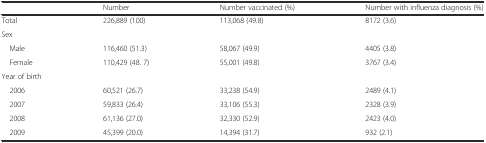
<table><thead><tr><td></td><td><b>Number</b></td><td><b>Number vaccinated (%)</b></td><td><b>Number with influenza diagnosis (%)</b></td></tr></thead><tbody><tr><td>Total</td><td>226,889 (100)</td><td>113,068 (49.8)</td><td>8172 (3.6)</td></tr><tr><td>Sex</td><td></td><td></td><td></td></tr><tr><td> Male</td><td>116,460 (51.3)</td><td>58,067 (49.9)</td><td>4405 (3.8)</td></tr><tr><td> Female</td><td>110,429 (48. 7)</td><td>55,001 (49.8)</td><td>3767 (3.4)</td></tr><tr><td colspan="2">Year of birth</td><td></td><td></td></tr><tr><td> 2006</td><td>60,521 (26.7)</td><td>33,238 (54.9)</td><td>2489 (4.1)</td></tr><tr><td> 2007</td><td>59,833 (26.4)</td><td>33,106 (55.3)</td><td>2328 (3.9)</td></tr><tr><td> 2008</td><td>61,136 (27.0)</td><td>32,330 (52.9)</td><td>2423 (4.0)</td></tr><tr><td> 2009</td><td>45,399 (20.0)</td><td>14,394 (31.7)</td><td>932 (2.1)</td></tr></tbody></table>